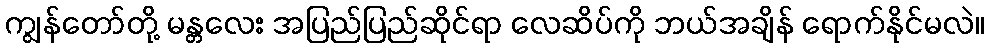
ကျွန်တော်တို့ မန္တလေး အပြည်ပြည်ဆိုင်ရာ လေဆိပ်ကို ဘယ်အချိန် ရောက်နိုင်မလဲ။